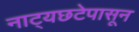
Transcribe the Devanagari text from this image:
नाट्यछटेपासून